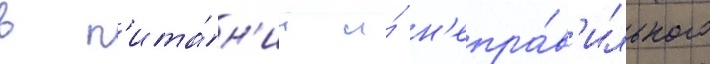
в п'ита́н'ии и́ н'епра́в'ильного